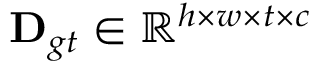
\mathbf { D } _ { g t } \in \mathbb { R } ^ { h \times w \times t \times c }